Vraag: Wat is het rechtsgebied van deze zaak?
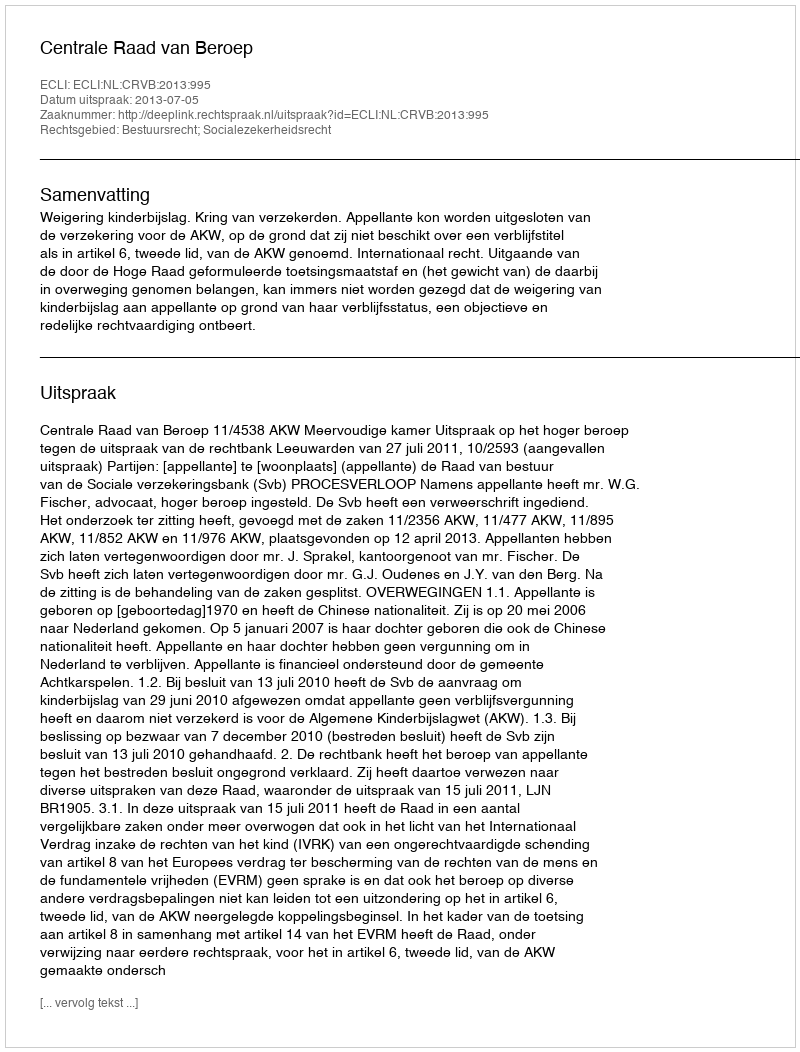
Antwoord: Bestuursrecht; Socialezekerheidsrecht